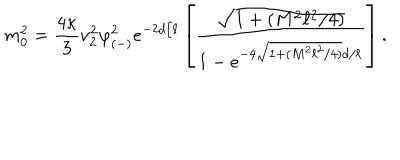
m _ { 0 } ^ { 2 } = { \frac { 4 \kappa } { 3 } } \nu _ { 2 } ^ { 2 } \varphi _ { ( - ) } ^ { 2 } e ^ { - 2 d / \ell } \left[ { \frac { \sqrt { 1 + ( M ^ { 2 } \ell ^ { 2 } / 4 ) } } { 1 - e ^ { - 4 \sqrt { 1 + ( M ^ { 2 } \ell ^ { 2 } / 4 ) } d / \ell } } } \right] .